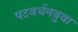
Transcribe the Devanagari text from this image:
पटवर्धनबुवा